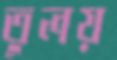
তুলয়